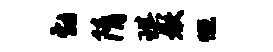
勃隋琪嫩慨